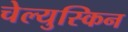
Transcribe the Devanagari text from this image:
चेल्युस्किन